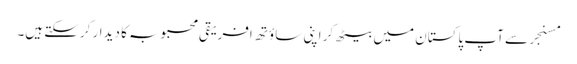
مسنجر سے آپ پاکستان میں بیٹھ کر اپنی ساؤتھ افریقی محبوبہ کا دیدار کرسکتے ہیں۔